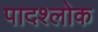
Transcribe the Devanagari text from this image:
पादश्लोक